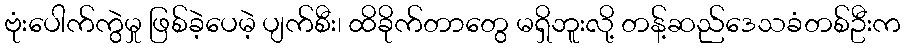
ဗုံးပေါက်ကွဲမှု ဖြစ်ခဲ့ပေမဲ့ ပျက်စီး၊ ထိခိုက်တာတွေ မရှိဘူးလို့ တန့်ဆည်ဒေသခံတစ်ဦးက